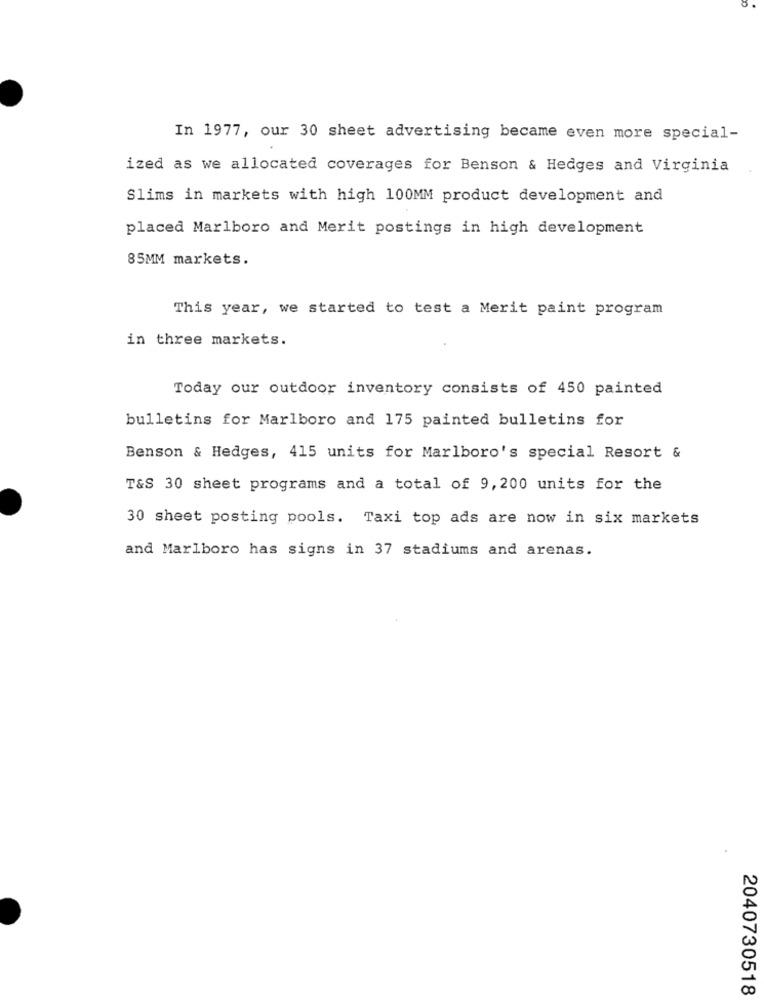
In 1977, our 30 sheet advertising became even more special-
ized as we allocated coverages for Benson & Hedges and Virginia
Slims in markets with high 100MM product development and
placed Marlboro and Merit postings in high development
85MM markets.
This year, we started to test a Merit paint program
in three markets.
Today our outdoor inventory consists of 450 painted
bulletins for Marlboro and 175 painted bulletins for
Benson & Hedges, 415 units for Marlboro's special Resort &
T&S 30 sheet programs and a total of 9, 200 units for the
30 sheet posting pools. Taxi top ads are now in six markets
and Marlboro has signs in 37 stadiums and arenas.
2040730518